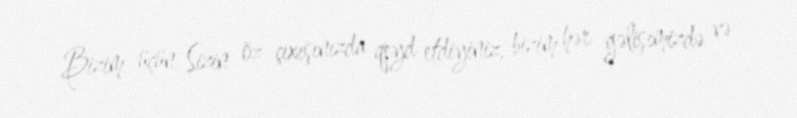
Bizim üçün Sizin öz çıxışınızda qeyd etdiyiniz, bizim hər gəlişimizdə və